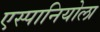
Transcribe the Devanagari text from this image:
एस्पानियोला